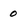
Character: 0